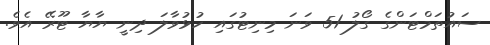
ސައުތަމްޓަންގެ ގޯލު 51 ވަނަ މިނިޓުގައި ހުޅުވާލަ ދިނީ ޔާޔާ ޓޫރޭ އެވެ.